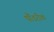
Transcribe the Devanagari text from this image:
पौंडरीक